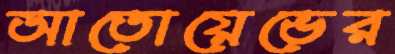
আতোয়েভের